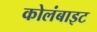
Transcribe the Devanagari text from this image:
कोलंबाइट